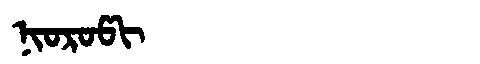
Manchu: ᠨᡳᠣᡵᠣᡦᡳ
Romanization: NIOROPI